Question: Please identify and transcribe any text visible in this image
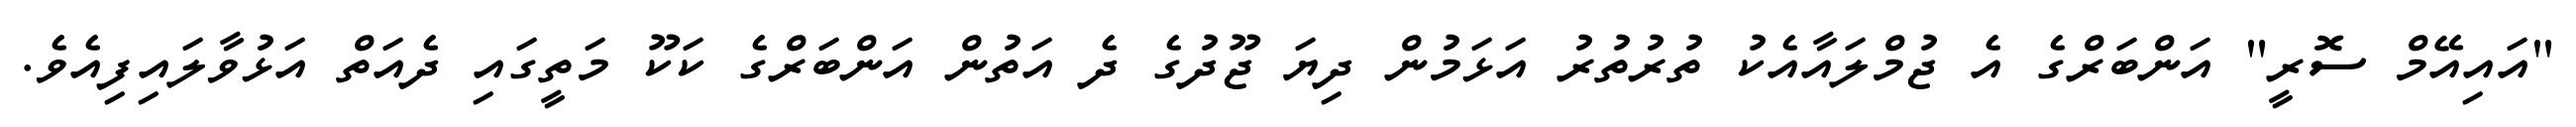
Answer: "އައިއޭމް ސޮރީ" އަންބަރްގެ އެ ޖުމްލައާއެކު ތުރުތުރު އަޅަމުން ދިޔަ ޖޫދުގެ ދެ އަތުން އަންބަރްގެ ކަކޫ މަތީގައި ދެއަތް އަޅުވާލައިފިއެވެ.